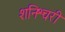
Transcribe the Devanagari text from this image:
शनिश्चरी